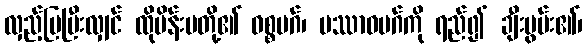
လှည့်ပြပြီးလျှင် ထိုမိန်းမတို့၏ ဝစ္စမဂ်၊ ပဿာဝမဂ်ကို ရည်၍ ချီးမွမ်း၏၊